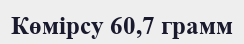
Көмірсу 60,7 грамм